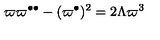
\varpi \varpi ^ { \bullet \bullet } - ( \varpi ^ { \bullet } ) ^ { 2 } = 2 \Lambda \varpi ^ { 3 }